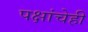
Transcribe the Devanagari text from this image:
पक्षांचेही